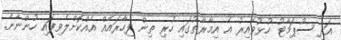
އަދި ސުޕަމާޓު ހުޅުވޭއިރު އެ އިމާރާތުގައި ހުރި ތިން ފިހާރައެއް އެއްކޮށްލެވިފައި ހުންނާނެ.